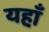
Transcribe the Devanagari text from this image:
यहा़ँ